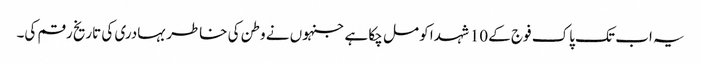
یہ اب تک پاک فوج کے 10 شہدا کو مل چکا ہے جنہوں نے وطن کی خاطر بہادری کی تاریخ رقم کی۔